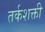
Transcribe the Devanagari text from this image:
तर्कशक्ती